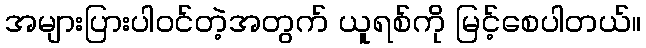
အများပြားပါဝင်တဲ့အတွက် ယူရစ်ကို မြင့်စေပါတယ်။